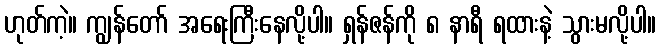
ဟုတ်ကဲ့။ ကျွန်တော် အရေးကြီးနေလို့ပါ။ ရှန်ဇန်ကို ၈ နာရီ ရထားနဲ့ သွားမလို့ပါ။